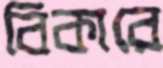
বিকারে